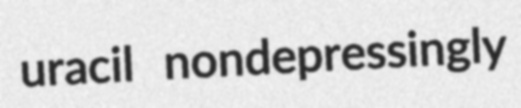
uracil nondepressingly